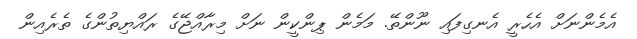
އެމެންނަށް އެހެރީ އެނގިފައި ނޫންތޭ. މަމެން ޕިންކީން ނަށް މިރާއްޖޭގެ ރައްޔިތުންގެ ތެރެއިން